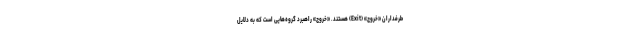
طرفداران «خروج» (Exit) هستند. «خروج» راهبرد گروه‌هایی است که به دلایل